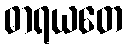
ဓာရယတေ